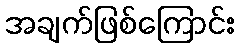
အချက်ဖြစ်ကြောင်း